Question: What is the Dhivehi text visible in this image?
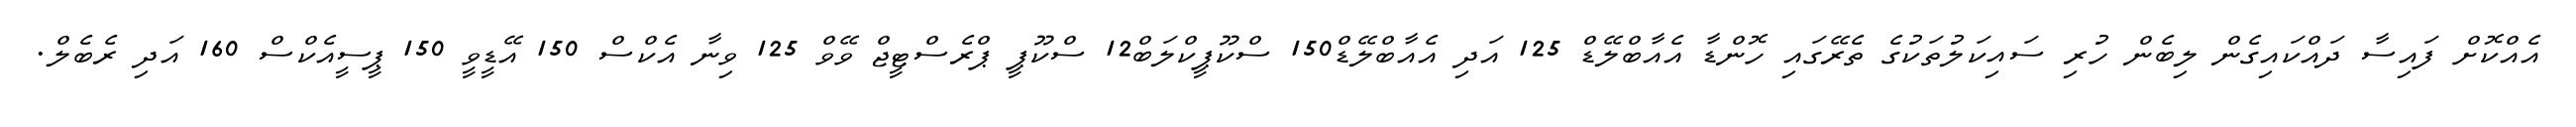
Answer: އެއްކޮށް ފައިސާ ދައްކައިގެން ލިބެން ހުރި ސައިކަލުތަކުގެ ތެރޭގައި ހޮންޑާ އެއާބްލޭޑް 125 އަދި އެއާބްލޭޑް150 ސްކޫޕީކްލަބް12 ސްކޫޕީ ޕްރެސްޓީޖް ވޭވް 125 ވިނާ އެކްސް 150 އޭޑީވީ 150 ޕީސީއެކްސް 160 އަދި ރެބެލް.